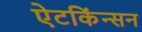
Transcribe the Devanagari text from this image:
ऐटकिंन्सन